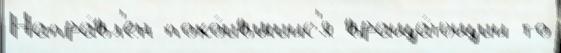
Напра́вл'ен поко́ившийс'я враща́ющий то